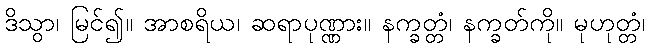
ဒိသွာ၊ မြင်၍။ အာစရိယ၊ ဆရာပုဏ္ဏား။ နက္ခတ္တံ၊ နက္ခတ်ကို။ မုဟုတ္တံ၊